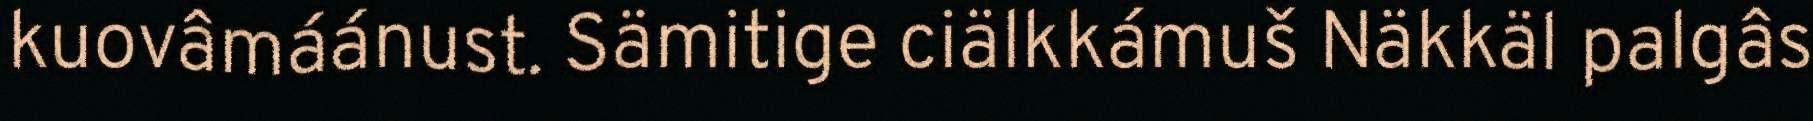
kuovâmáánust. Sämitige ciälkkámuš Näkkäl palgâs